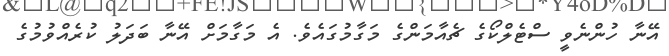
އޭނާ ހުންނެވީ ސްޓެލްކޯގެ ޗެއާމަންގެ މަގާމުގައެވެ. އެ މަގާމަށް އޭނާ ބަދަލު ކުރެއްވުމުގެ